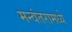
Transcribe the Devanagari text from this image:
मन्वंतरामध्ये